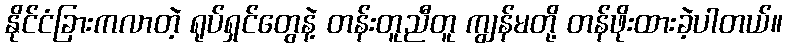
နိုင်ငံခြားကလာတဲ့ ရုပ်ရှင်တွေနဲ့ တန်းတူညီတူ ကျွန်မတို့ တန်ဖိုးထားခဲ့ပါတယ်။